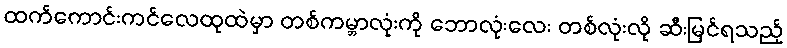
ထက်ကောင်းကင်လေထုထဲမှာ တစ်ကမ္ဘာလုံးကို ဘောလုံးလေး တစ်လုံးလို ဆီးမြင်ရသည့်